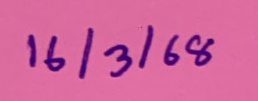
16/3/68